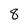
Character: 8